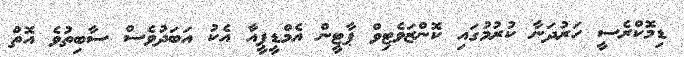
ޑިމޮކްރެސީ ހަރުދަނާ ކުރުމުގައި ކޮންޒަވެޓިވް ޕާޓީން އެމްޑީޕީއާ އެކު އަބަދުވެސް ސާބިތުވެ އޮތް